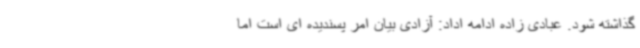
گذاشته شود. عبادی زاده ادامه اداد: آزادی بیان امر پسندیده ای است اما